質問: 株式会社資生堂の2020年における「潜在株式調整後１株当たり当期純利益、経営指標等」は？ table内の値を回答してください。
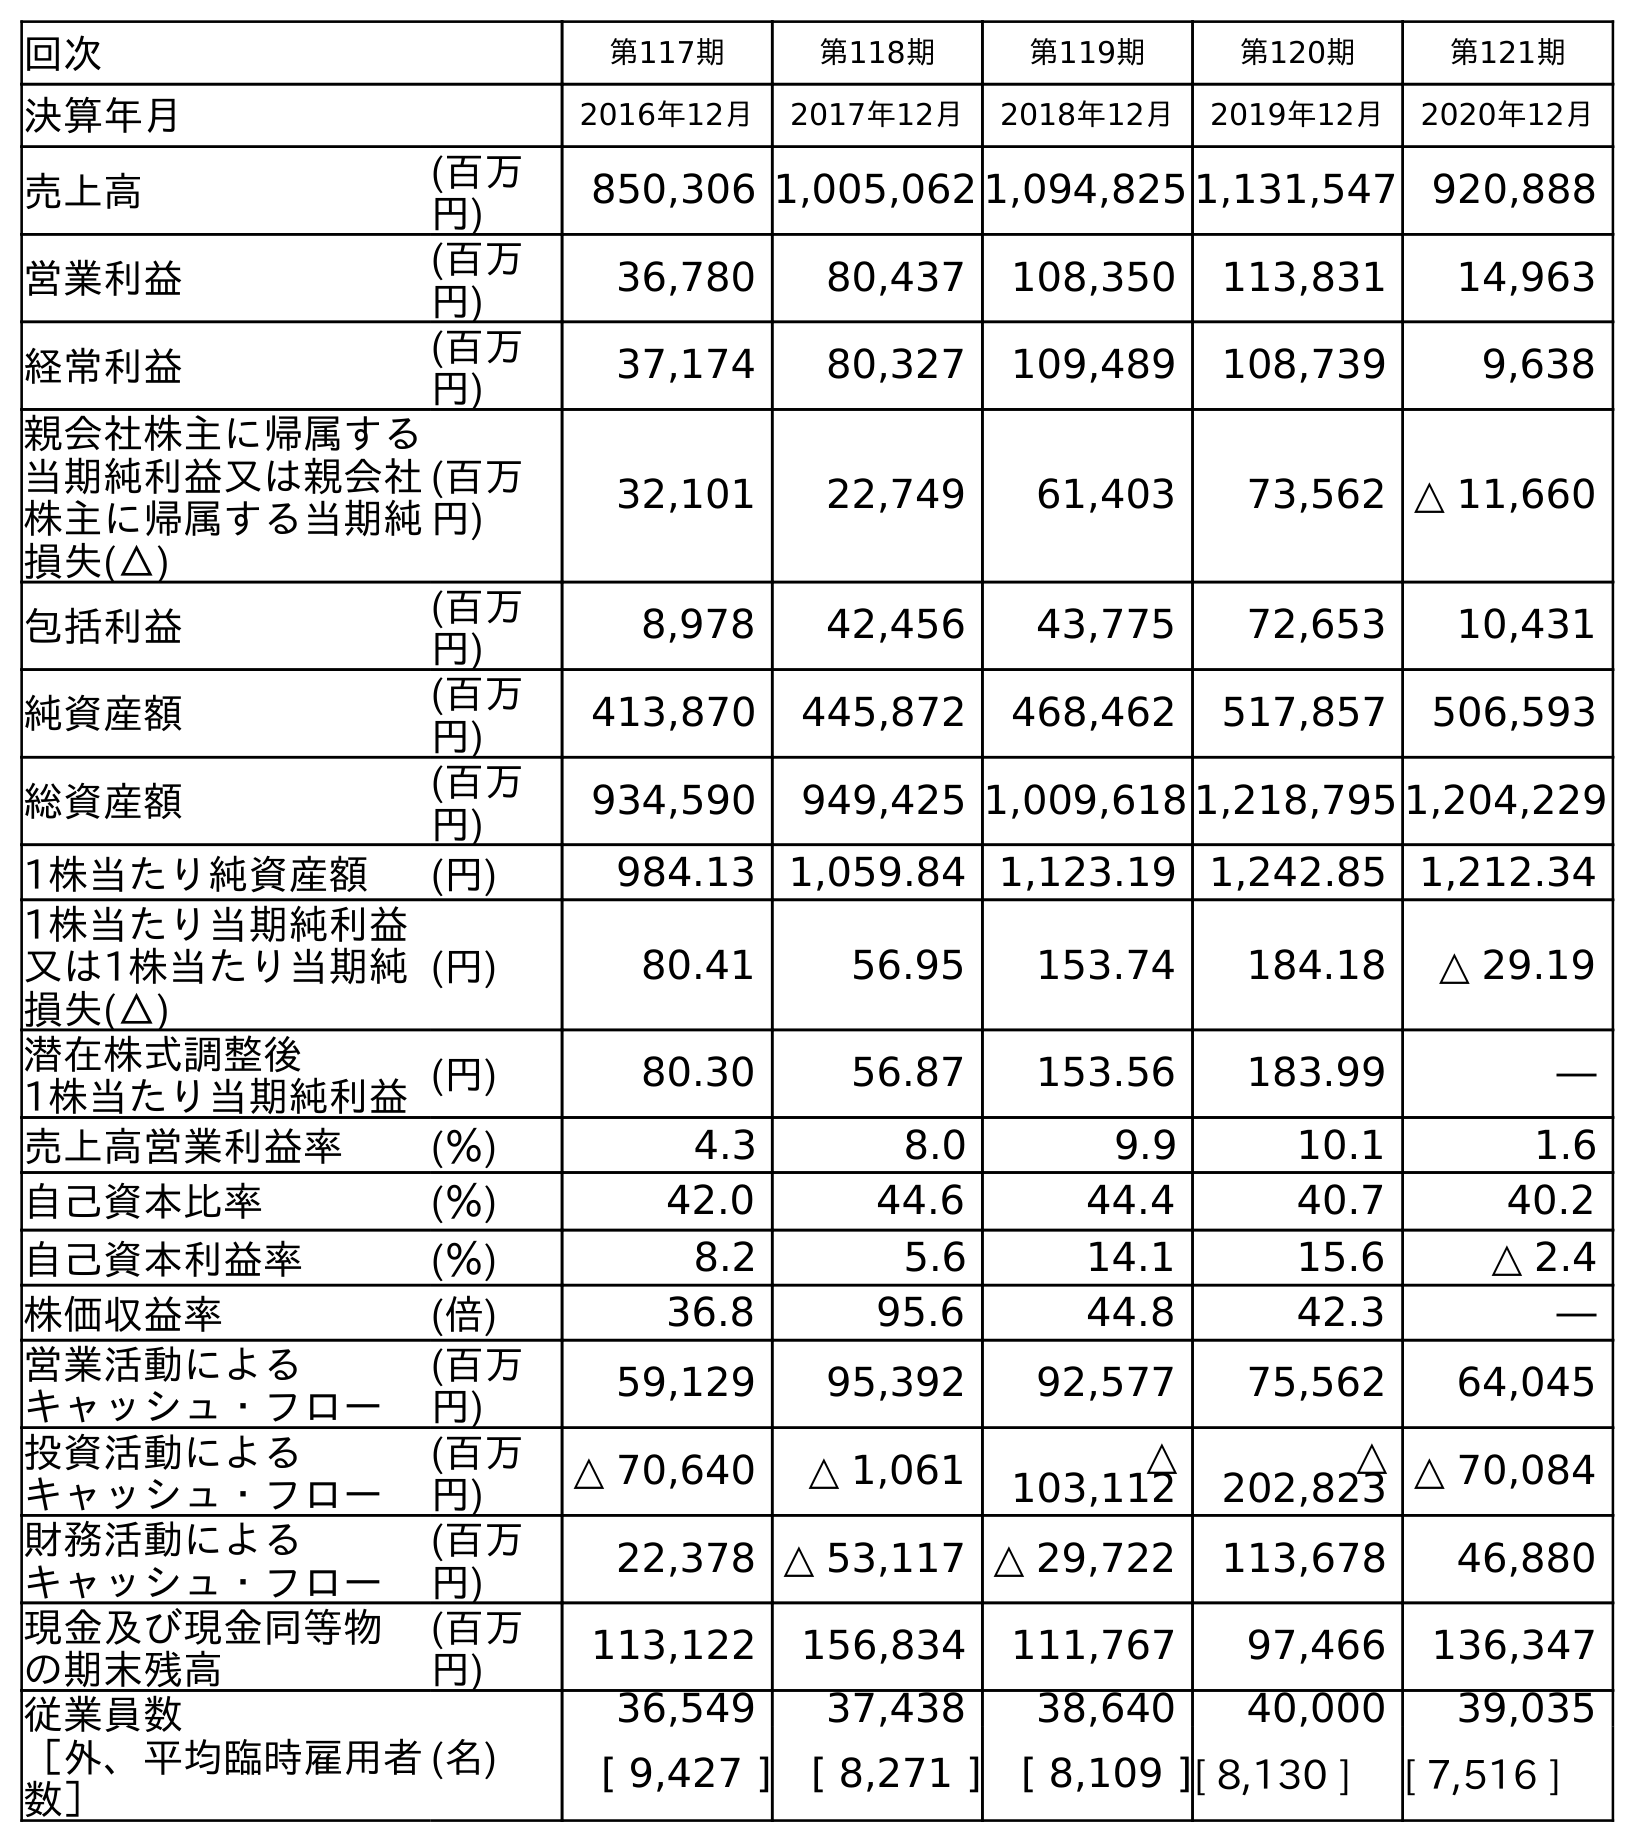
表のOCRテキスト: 回次 第117期 第118期 第119期 第120期 第121期 決算年月 2016年12月 2017年12月 2018年12月 2019年12月 2020年12月 売上高 (百万 円) 850,306 1,005,062 1,094,825 1,131,547 920,888 営業利益 (百万 円) 36,780 80,437 108,350 113,831 14,963 経常利益 (百万 円) 37,174 80,327 109,489 108,739 9,638 親会社株主に帰属する 当期純利益又は親会社 株主に帰属する当期純 損失(△) (百万 円) 32,101 22,749 61,403 73,562 △ 11,660 包括利益 (百万 円) 8,978 42,456 43,775 72,653 10,431 純資産額 (百万 円) 413,870 445,872 468,462 517,857 506,593 総資産額 (百万 円) 934,590 949,425 1,009,618 1,218,795 1,204,229 1株当たり純資産額 (円) 984.13 1,059.84 1,123.19 1,242.85 1,212.34 1株当たり当期純利益 又は1株当たり当期純 損失(△) (円) 80.41 56.95 153.74 184.18 △ 29.19 潜在株式調整後 1株当たり当期純利益(円) 80.30 56.87 153.56 183.99 ― 売上高営業利益率 (％) 4.3 8.0 9.9 10.1 1.6 自己資本比率 (％) 42.0 44.6 44.4 40.7 40.2 自己資本利益率 (％) 8.2 5.6 14.1 15.6 △ 2.4 株価収益率 (倍) 36.8 95.6 44.8 42.3 ― 営業活動による キャッシュ・フロー (百万 円) 59,129 95,392 92,577 75,562 64,045 投資活動による キャッシュ・フロー (百万 円) △ 70,640 △ 1,061 △ 103,112 △ 202,823 △ 70,084 財務活動による キャッシュ・フロー (百万 円) 22,378 △ 53,117 △ 29,722 113,678 46,880 現金及び現金同等物 の期末残高 (百万 円) 113,122 156,834 111,767 97,466 136,347 従業員数 ［外、平均臨時雇用者 数］ (名) 36,549 37,438 38,640 40,000 39,035 [ 9,427 ] [ 8,271 ] [ 8,109 ][ 8,130 ] [ 7,516 ]
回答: ―